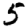
Digit: 5